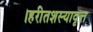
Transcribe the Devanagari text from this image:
।हरीतशस्यावृत्त